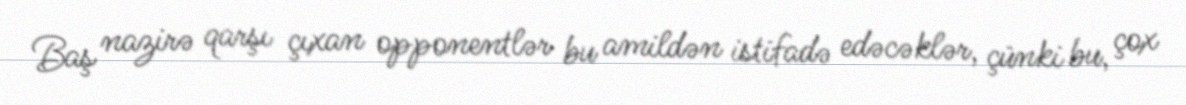
Baş nazirə qarşı çıxan opponentlər bu amildən istifadə edəcəklər, çünki bu, çox